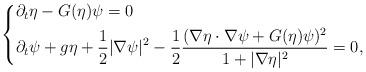
LaTeX: \begin{align*} \left\{ \begin{aligned} & \partial_t \eta - G(\eta) \psi = 0 \\ & \partial_t \psi + g\eta +\frac12 |\nabla \psi|^2 - \frac12 \frac{(\nabla \eta \cdot\nabla \psi +G(\eta) \psi)^2}{1 +|\nabla \eta|^2} = 0 , \end{aligned} \right.\end{align*}